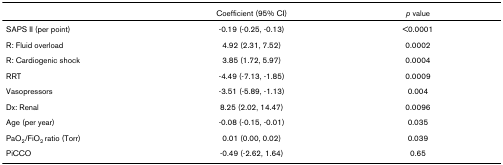
<table><thead><tr><td></td><td><b>Coefficient (95% CI)</b></td><td><b><i>p </i>value</b></td></tr></thead><tbody><tr><td>SAPS II (per point)</td><td>-0.19 (-0.25, -0.13)</td><td>&lt;0.0001</td></tr><tr><td>R: Fluid overload</td><td>4.92 (2.31, 7.52)</td><td>0.0002</td></tr><tr><td>R: Cardiogenic shock</td><td>3.85 (1.72, 5.97)</td><td>0.0004</td></tr><tr><td>RRT</td><td>-4.49 (-7.13, -1.85)</td><td>0.0009</td></tr><tr><td>Vasopressors</td><td>-3.51 (-5.89, -1.13)</td><td>0.004</td></tr><tr><td>Dx: Renal</td><td>8.25 (2.02, 14.47)</td><td>0.0096</td></tr><tr><td>Age (per year)</td><td>-0.08 (-0.15, -0.01)</td><td>0.035</td></tr><tr><td>PaO<sub>2</sub>/FiO<sub>2 </sub>ratio (Torr)</td><td>0.01 (0.00, 0.02)</td><td>0.039</td></tr><tr><td>PiCCO</td><td>-0.49 (-2.62, 1.64)</td><td>0.65</td></tr></tbody></table>